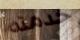
خدمته